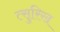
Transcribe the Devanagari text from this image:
त्सुरिख